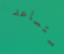
ستساعد